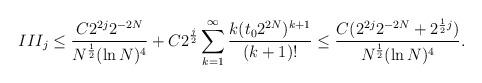
LaTeX: \begin{align*}III_j\le \frac{C2^{2j}2^{-2N}}{N^{\frac{1}{2}}(\ln N)^4}+C2^{\frac{j}{2}}\sum_{k=1}^\infty\frac{k(t_02^{2N})^{k+1}}{(k+1)!}\le\frac{C(2^{2j}2^{-2N}+2^{{\frac{1}{2}}j})}{N^{\frac{1}{2}}(\ln N)^4}.\end{align*}